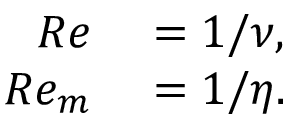
\begin{array} { r l } { R e } & { { } = 1 / \nu , } \\ { R e _ { m } } & { { } = 1 / \eta . } \end{array}